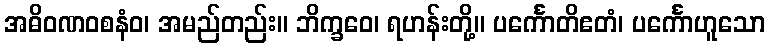
အဓိဝဏဝစနံဝ၊ အမည်တည်း။ ဘိက္ခဝေ၊ ရဟန်းတို့။ ပင်္ကောတိဧတံ၊ ပင်္ကောဟူသော